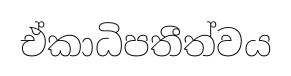
ඒකාධිපතීත්වය